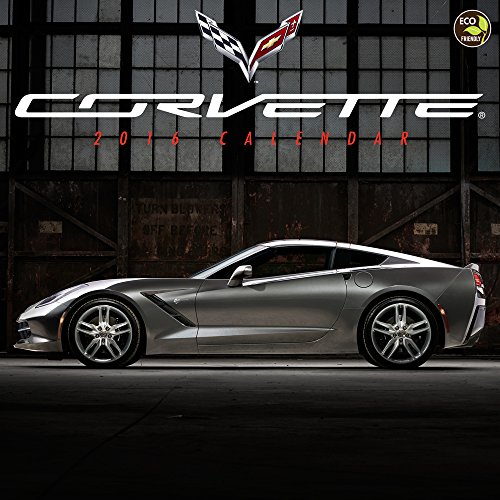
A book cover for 2016 Corvette Wall Calendar; General Motors; Calendars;